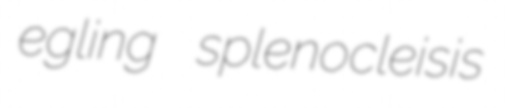
egling splenocleisis